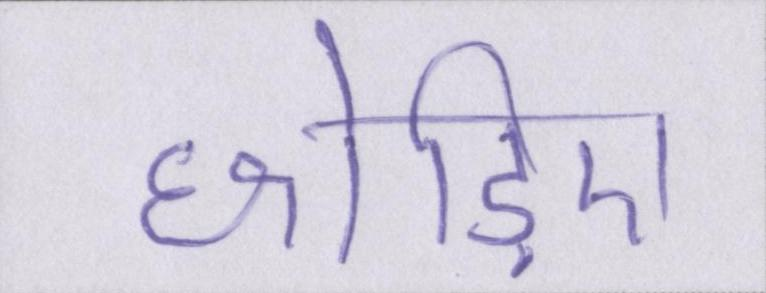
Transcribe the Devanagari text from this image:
छोड़िए